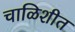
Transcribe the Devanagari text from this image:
चाळिशीत